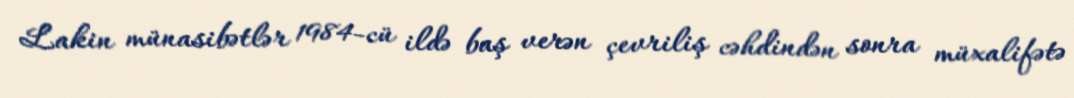
Lakin münasibətlər 1984-cü ildə baş verən çevriliş cəhdindən sonra müxalifətə